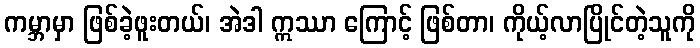
ကမ္ဘာမှာ ဖြစ်ခဲ့ဖူးတယ်၊ အဲဒါ ဣဿာ ကြောင့် ဖြစ်တာ၊ ကိုယ့်လာပြိုင်တဲ့သူကို